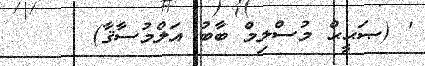
' (ޞަޙީޙް މުސްލިމް ބާބު އަލްމުސާޤާ)